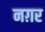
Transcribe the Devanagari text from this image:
नग़र